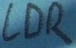
Text: LDR